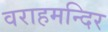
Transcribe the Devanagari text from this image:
वराहमन्दिर